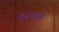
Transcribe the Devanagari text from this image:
देवयजन